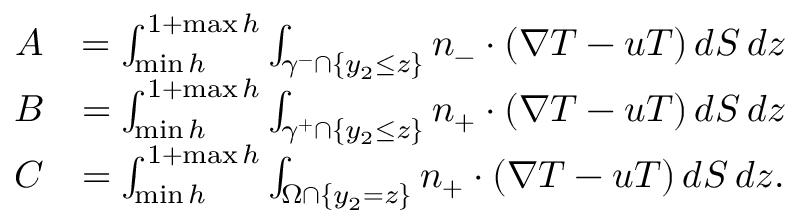
\begin{array} { r l } { A } & { = \int _ { \operatorname* { m i n } h } ^ { 1 + \operatorname* { m a x } h } \int _ { \gamma ^ { - } \cap \{ y _ { 2 } \leq z \} } n _ { - } \cdot ( \nabla T - u T ) \, d S \, d z } \\ { B } & { = \int _ { \operatorname* { m i n } h } ^ { 1 + \operatorname* { m a x } h } \int _ { \gamma ^ { + } \cap \{ y _ { 2 } \leq z \} } n _ { + } \cdot ( \nabla T - u T ) \, d S \, d z } \\ { C } & { = \int _ { \operatorname* { m i n } h } ^ { 1 + \operatorname* { m a x } h } \int _ { \Omega \cap \{ y _ { 2 } = z \} } n _ { + } \cdot ( \nabla T - u T ) \, d S \, d z . } \end{array}